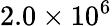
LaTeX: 2.0\times 10^{6}